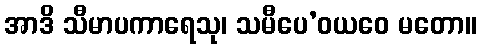
အာဒိ သီမာပကာရေသု၊ သမီပေ’ဝယဝေ မတော။